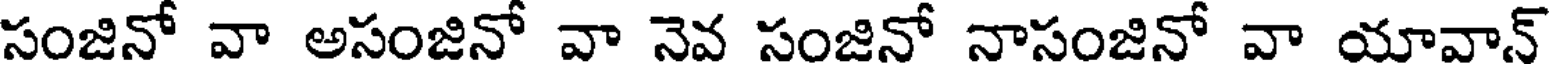
సంజినో వా అసంజినో వా నెవ సంజినో నాసంజినో వా యావాన్